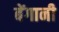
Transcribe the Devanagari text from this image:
बेंगानी